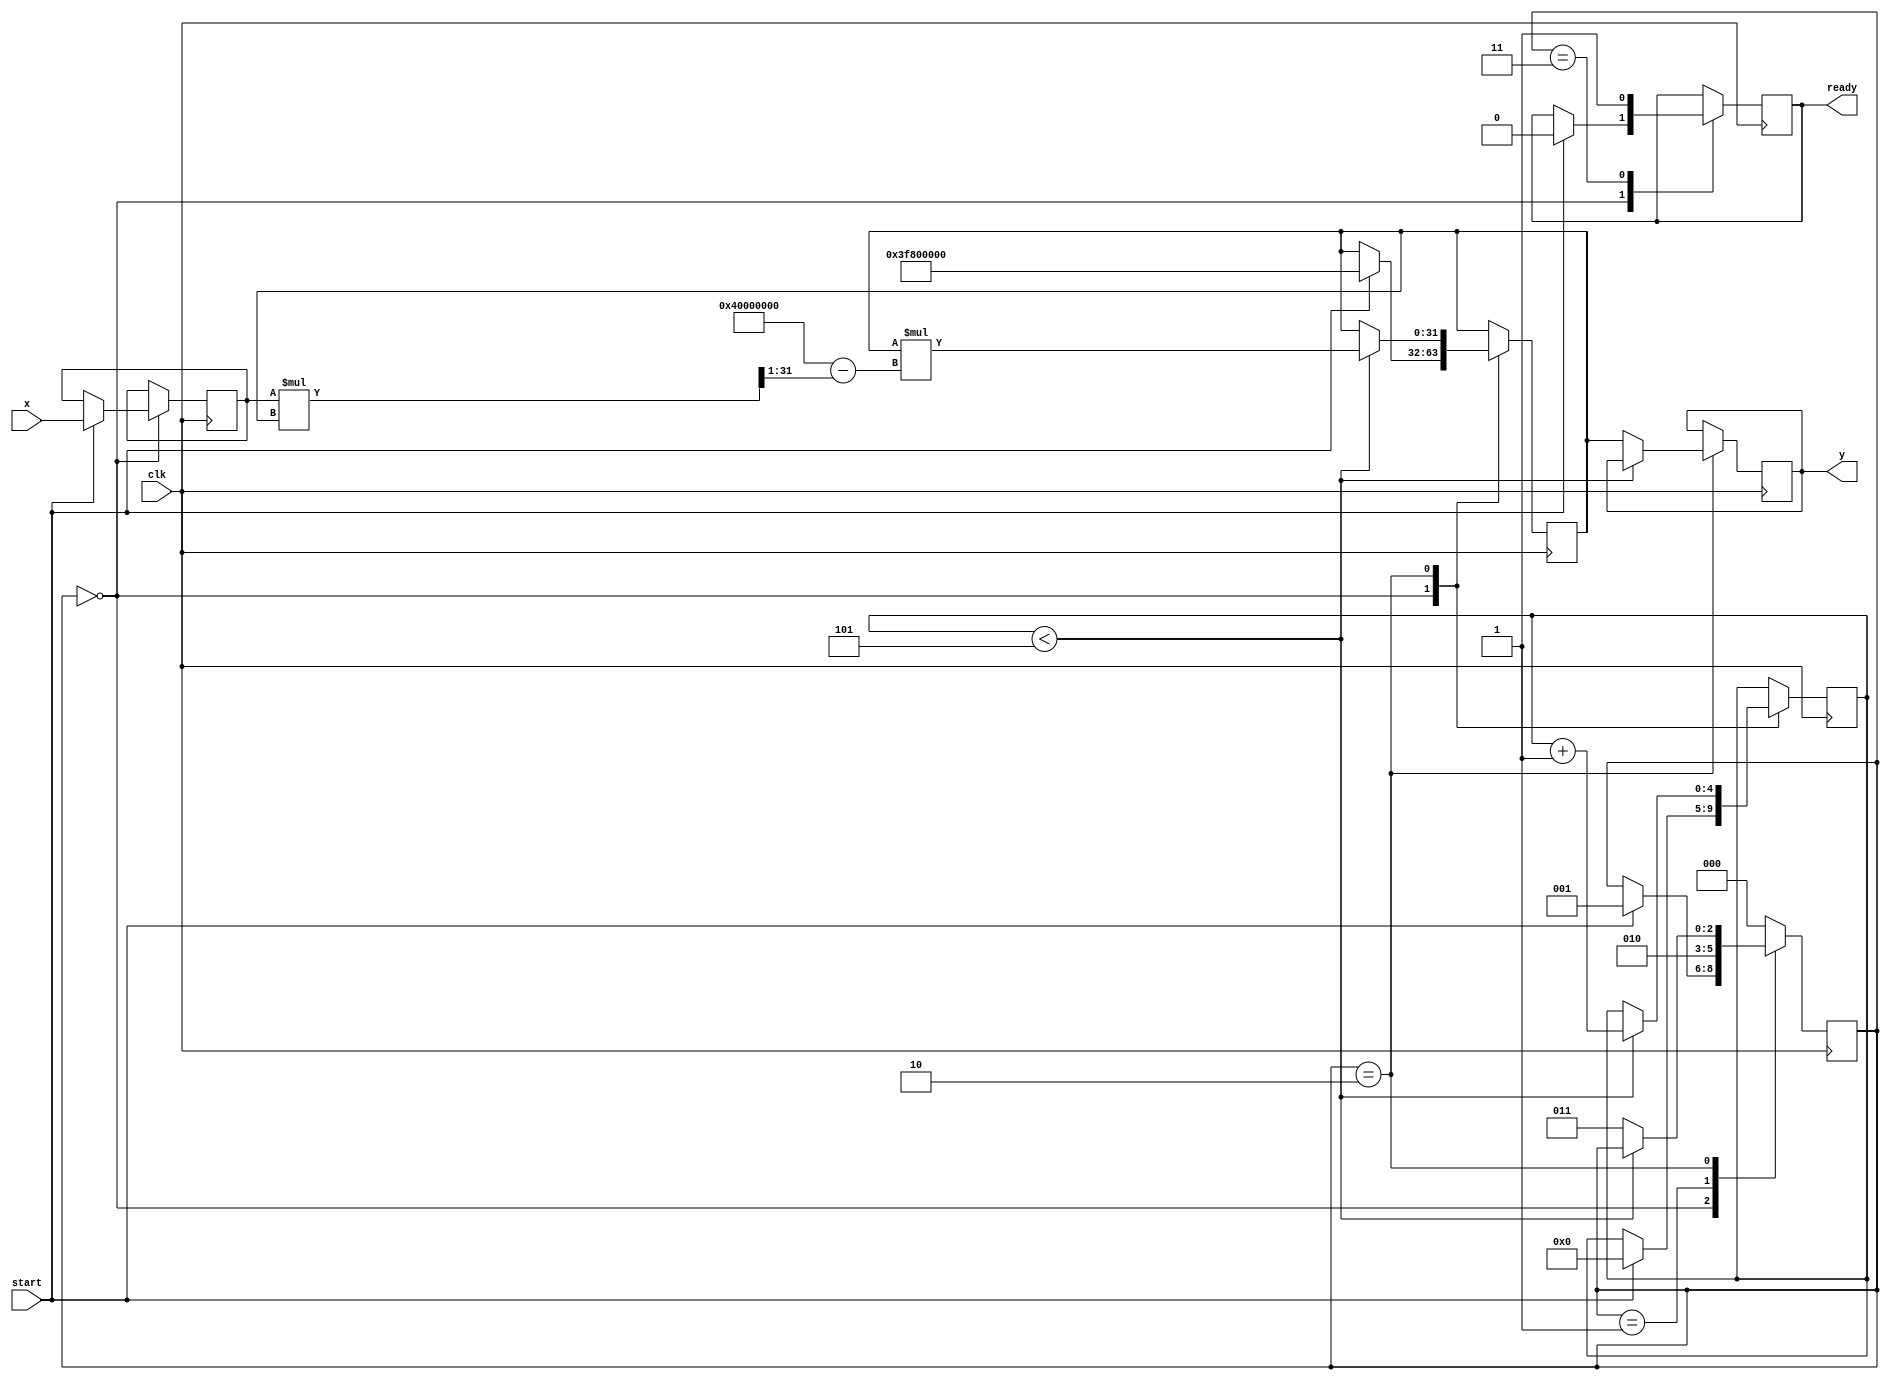
module ApproximateReciprocal (
    input  wire [31:0] x,      // Input: 32-bit floating-point number
    output reg  [31:0] y,      // Output: Approximate reciprocal
    input  wire clk,            // Clock signal
    input  wire start,          // Start signal for computation
    output reg ready            // Ready signal to indicate completion
);

    // Internal registers
    reg [31:0] x_reg;
    reg [31:0] approx;          // Current approximation of 1/x
    reg [2:0] state;            // State for FSM
    reg [4:0] iteration_count;  // Iteration counter

    // States for FSM
    localparam IDLE      = 3'b000;
    localparam INIT      = 3'b001;
    localparam APPROX    = 3'b010;
    localparam DONE      = 3'b011;

    // Newton-Raphson iteration: approx = approx * (2 - x * approx)
    always @(posedge clk) begin
        case (state)
            IDLE: begin
                if (start) begin
                    x_reg <= x;
                    approx <= 32'h3F800000; // Initial approximation (1.0 in IEEE 754)
                    iteration_count <= 0;
                    state <= INIT;
                    ready <= 0;
                end
            end
            
            INIT: begin
                // Start the approximation iterations
                state <= APPROX;
            end
            
            APPROX: begin
                if (iteration_count < 5) begin // 5 iterations for approximation
                    approx <= approx * (32'h40000000 - (x_reg * approx >> 1)); // 2 - x * approx
                    iteration_count <= iteration_count + 1;
                end else begin
                    y <= approx; // Final result
                    state <= DONE;
                end
            end
            
            DONE: begin
                ready <= 1; // Indicate completion
                state <= IDLE; // Reset state
            end
            
            default: state <= IDLE; // Safety state
        endcase
    end

endmodule